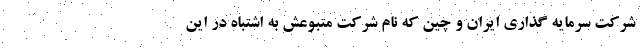
شرکت سرمایه گذاری ایران و چین که نام شرکت متبوعش به اشتباه در این